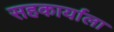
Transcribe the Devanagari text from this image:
सहकार्याला